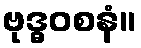
ဗုဒ္ဓဝစနံ။